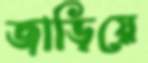
জাড়িয়ে